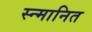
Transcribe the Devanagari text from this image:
स्न्मानित